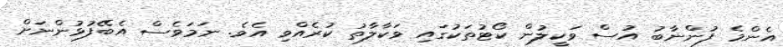
އެންމެ ފުންނާބު އުސް ވަކީލުން ކޯޓުތަކުގައި ވަކާލާތު ކުރެއްވި އެވެ. ނަމަވެސް އެބޭފުޅުންނަށް